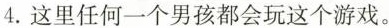
4.这里任何一个男孩都会玩这个游戏。